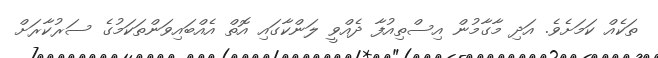
ތަކެއް ކަަމަށެވެ. އަދި މާގާމުން އިސްތިއުފާ ދެއްވީ ލަންކާގައި އޮތް އެއްބައިވަންތަކަމުގެ ސަރުކާރަށް